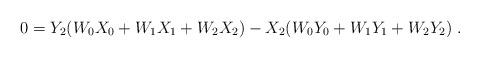
LaTeX: \begin{align*} 0 = Y_2(W_0 X_0 + W_1 X_1 + W_2 X_2) - X_2(W_0 Y_0 + W_1 Y_1 + W_2 Y_2) \;.\end{align*}